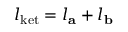
l _ { \mathrm { k e t } } = l _ { \mathbf { a } } + l _ { \mathbf { b } }